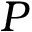
P